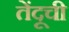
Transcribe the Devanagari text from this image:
तेंदूची